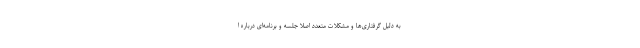
به دلیل گرفتاری‌ها و مشکلات متعدد اصلاً جلسه و برنامه‌ای درباره ا